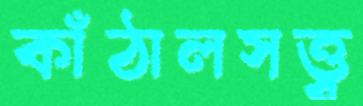
কাঁঠালসত্ত্ব